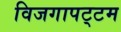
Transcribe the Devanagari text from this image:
विजगापट्‌टम